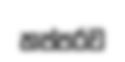
තප්පරව